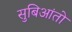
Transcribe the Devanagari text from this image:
सुबिआंतो